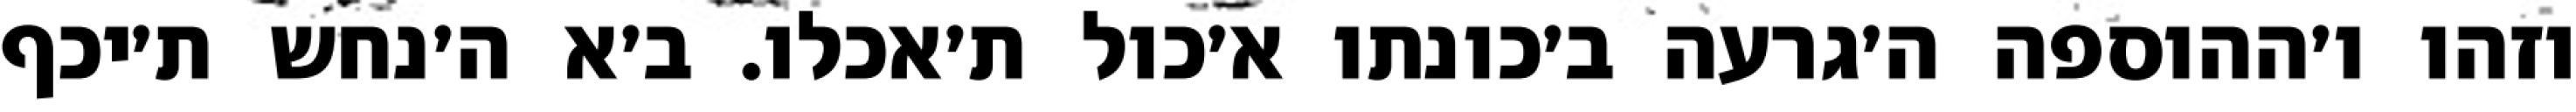
וזהו ו׳ההוספה ה׳גרעה ב׳כונתו א׳כול ת׳אכלו. ב׳א ה׳נחש ת׳יכף